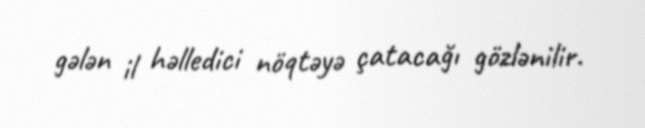
gələn il həlledici nöqtəyə çatacağı gözlənilir.